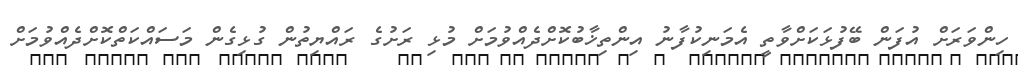
ހިންވަރަށް އުފަން ބޭފުޅަކަށްވާތީ އެމަނިކުފާނު އިންތިޚާބުކޮށްދެއްވުމަށް މުޅި ރަށުގެ ރައްޔިތުން ގުޅިގެން މަސައްކަތްކޮށްދެއްވުމަށް